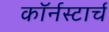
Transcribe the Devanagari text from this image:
कॉर्नस्टार्च